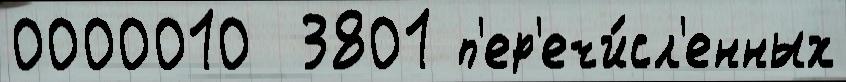
0000010  3801 п'ер'ечи́сл'енных